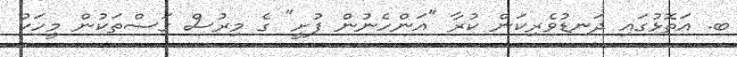
ބ. އަތޮޅުގައި ދަނޑުވެރިކަން ކުރާ "އަންހެނުން ފުށީ" ގެ މިރުސް ގަސްތަކުން މީހަކު